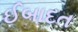
ઈબાદત